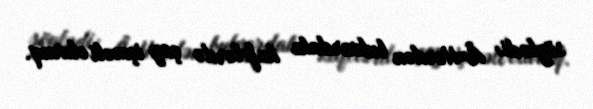
söylədi: Â«Hərdən bulvardakı kafelərdə çay içməli oluruq.